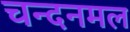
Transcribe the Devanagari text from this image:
चन्दनमल